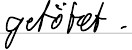
getötet.